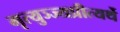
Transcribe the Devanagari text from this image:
मृत्युञ्ज्यप्रीत्यर्थे